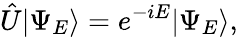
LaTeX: \hat{U}|\Psi_{E}\rangle=e^{-iE}|\Psi_{E}\rangle,